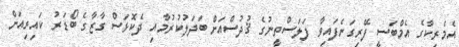
އެމެރިކާގެ އެމްބަސީ ފޭރިގަނެފައިވާ ފަލަސްތީނުގެ ޤުދުސްއަށް ބަދަލުކުރުމާއި ދެކޮޅަސް ގާޒާގެ ބޯޑަރު ކައިރިއަށް